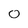
Character: 0